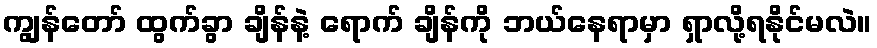
ကျွန်တော် ထွက်ခွာ ချိန်နဲ့ ရောက် ချိန်ကို ဘယ်နေရာမှာ ရှာလို့ရနိုင်မလဲ။